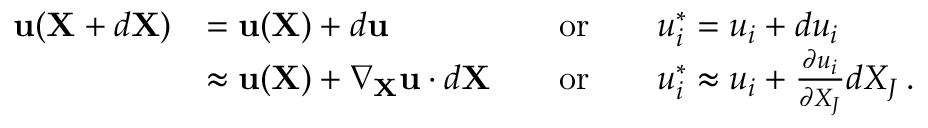
{ \begin{array} { r l r l } { \mathbf { u } ( \mathbf { X } + d \mathbf { X } ) } & { = \mathbf { u } ( \mathbf { X } ) + d \mathbf { u } \quad } & { { \mathrm { o r } } } & { \quad u _ { i } ^ { * } = u _ { i } + d u _ { i } } \\ & { \approx \mathbf { u } ( \mathbf { X } ) + \nabla _ { \mathbf { X } } \mathbf { u } \cdot d \mathbf { X } \quad } & { { \mathrm { o r } } } & { \quad u _ { i } ^ { * } \approx u _ { i } + { \frac { \partial u _ { i } } { \partial X _ { J } } } d X _ { J } \, . } \end{array} }